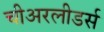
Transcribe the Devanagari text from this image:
चीअरलीडर्स